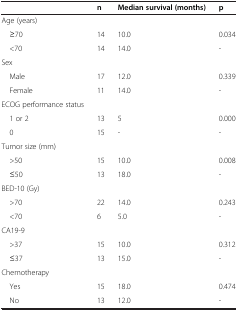
<table><thead><tr><td><b> </b></td><td><b>n</b></td><td><b>Median survival (months)</b></td><td><b>p</b></td></tr></thead><tbody><tr><td>Age (years)</td><td> </td><td> </td><td> </td></tr><tr><td> ≥70</td><td>14</td><td>10.0</td><td>0.034</td></tr><tr><td> &lt;70</td><td>14</td><td>14.0</td><td>-</td></tr><tr><td>Sex</td><td> </td><td> </td><td> </td></tr><tr><td> Male</td><td>17</td><td>12.0</td><td>0.339</td></tr><tr><td> Female</td><td>11</td><td>14.0</td><td>-</td></tr><tr><td>ECOG performance status</td><td> </td><td> </td><td> </td></tr><tr><td> 1 or 2</td><td>13</td><td>5</td><td>0.000</td></tr><tr><td> 0</td><td>15</td><td>-</td><td>-</td></tr><tr><td>Tumor size (mm)</td><td> </td><td> </td><td> </td></tr><tr><td> &gt;50</td><td>15</td><td>10.0</td><td>0.008</td></tr><tr><td> ≤50</td><td>13</td><td>18.0</td><td>-</td></tr><tr><td>BED-10 (Gy)</td><td> </td><td> </td><td> </td></tr><tr><td> &gt;70</td><td>22</td><td>14.0</td><td>0.243</td></tr><tr><td> &lt;70</td><td>6</td><td>5.0</td><td>-</td></tr><tr><td>CA19-9</td><td> </td><td> </td><td> </td></tr><tr><td> &gt;37</td><td>15</td><td>10.0</td><td>0.312</td></tr><tr><td> ≤37</td><td>13</td><td>15.0</td><td>-</td></tr><tr><td>Chemotherapy</td><td> </td><td> </td><td> </td></tr><tr><td> Yes</td><td>15</td><td>18.0</td><td>0.474</td></tr><tr><td> No</td><td>13</td><td>12.0</td><td>-</td></tr></tbody></table>